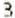
3